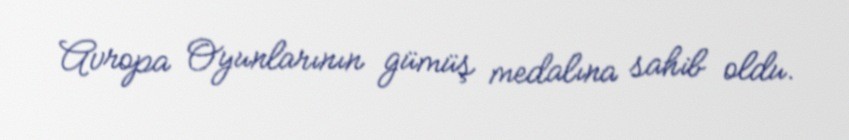
Avropa Oyunlarının gümüş medalına sahib oldu.